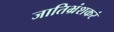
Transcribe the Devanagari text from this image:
जातिभ्रंशकरं